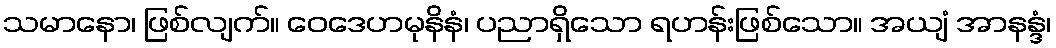
သမာနော၊ ဖြစ်လျက်။ ဝေဒေဟမုနိနံ၊ ပညာရှိသော ရဟန်းဖြစ်သော။ အယျံ အာနန္ဒံ၊